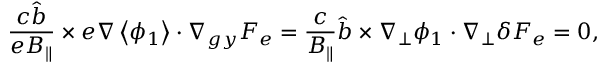
\frac { c \hat { b } } { e B _ { \parallel } } \times e \nabla \left< \phi _ { 1 } \right> \boldsymbol { \cdot } \nabla _ { g y } F _ { e } = \frac { c } { B _ { \parallel } } \hat { b } \times \nabla _ { \perp } \phi _ { 1 } \boldsymbol { \cdot } \nabla _ { \perp } \delta F _ { e } = 0 ,